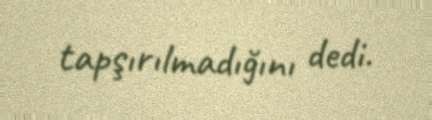
tapşırılmadığını dedi.